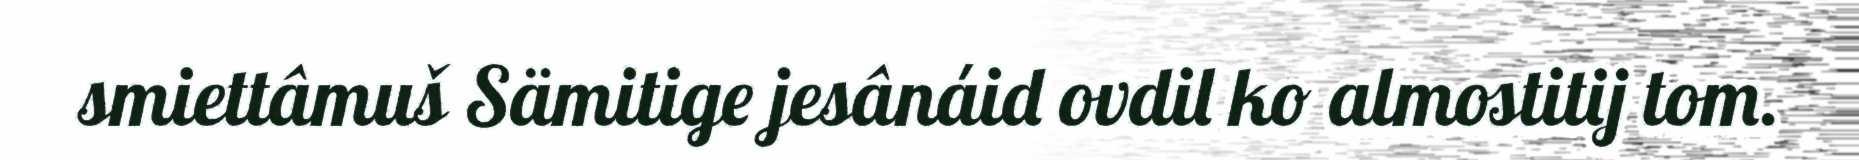
smiettâmuš Sämitige jesânáid ovdil ko almostitij tom.